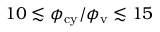
1 0 \lesssim \phi _ { \mathrm { c y } } / \phi _ { \mathrm { v } } \lesssim 1 5